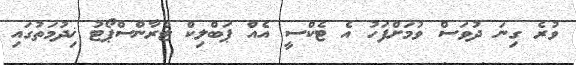
ވުރެ ގިނަ ދުވަސް ވުމަށްފަހު އެ ޓެކްސީ އެއް ޕަބްލިކް ޓްރާންސްޕޯޓު ޚިދުމަތުގައި